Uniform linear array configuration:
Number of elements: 8
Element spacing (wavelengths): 0.5
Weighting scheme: exponential
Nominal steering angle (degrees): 60
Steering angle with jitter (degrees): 58.615
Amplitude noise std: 0.05
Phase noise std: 0.05

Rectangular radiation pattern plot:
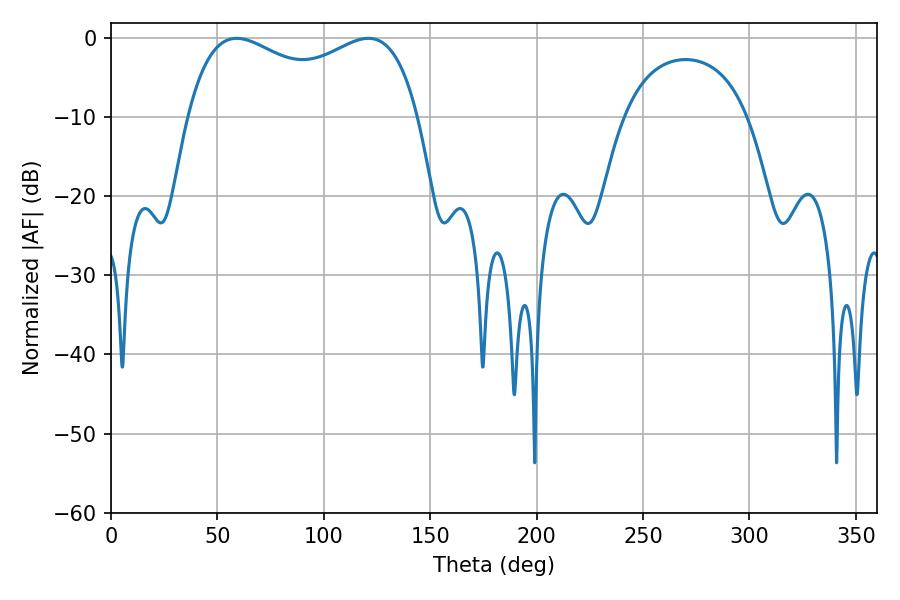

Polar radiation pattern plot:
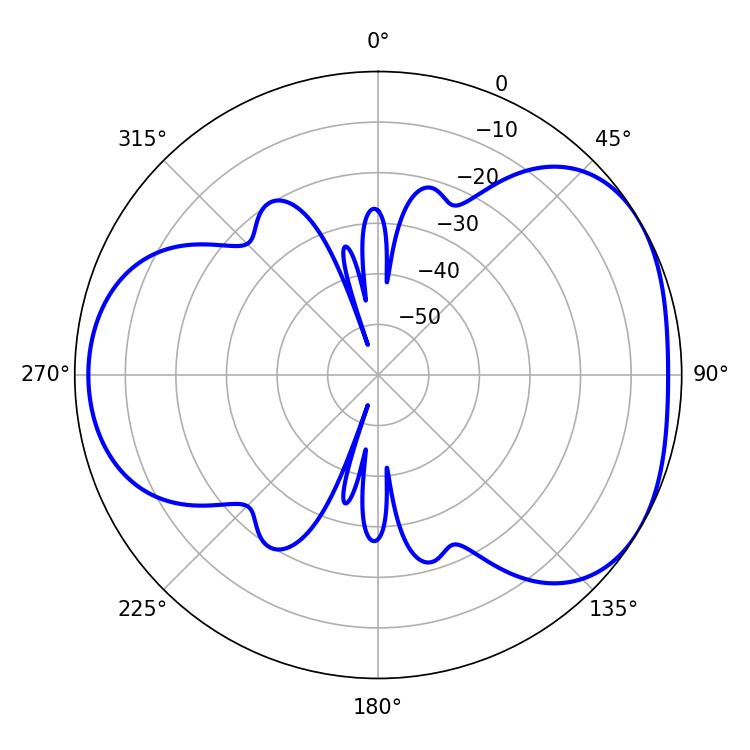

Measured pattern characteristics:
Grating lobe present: FALSE
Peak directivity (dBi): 4.182
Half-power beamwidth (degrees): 90
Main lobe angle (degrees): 59.04